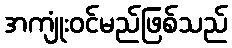
အကျုံးဝင်မည်ဖြစ်သည်